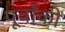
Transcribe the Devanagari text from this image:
पूर्वांकी